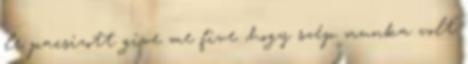
le pacsizott give me five ,hogy szép munka volt